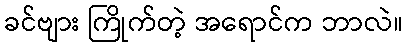
ခင်ဗျား ကြိုက်တဲ့ အရောင်က ဘာလဲ။